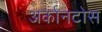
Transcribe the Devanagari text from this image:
अर्कानटोस